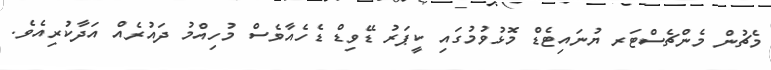
މެޗުން މެންޗެސްޓަރ ޔުނައިޓެޑް މޮޅުވުމުގައި ކީޕަރު ޑޭވިޑް ޑެހެއާވެސް މުހިއްމު ދައުރެއް އަދާކުރިއެވެ.